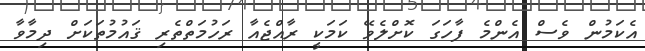
އެކަމުން ވެސް އެންމެ ފާހަގަ ކޮށްލެވޭ ކަމަކީ ރާއްޖެއާ ރަހުމަތްތެރި ޤައުމުތަކަށް ދިމާވާ